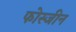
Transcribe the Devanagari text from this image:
फोस्जीन